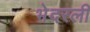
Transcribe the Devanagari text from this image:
भेदरली